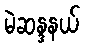
မဲဆန္ဒနယ်